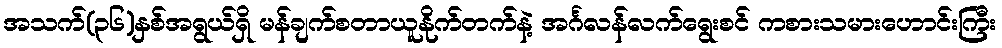
အသက်(၃၆)နှစ်အရွယ်ရှိ မန်ချက်စတာယူနိုက်တက်နဲ့ အင်္ဂလန်လက်ရွေးစင် ကစားသမားဟောင်းကြီး